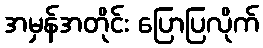
အမှန်အတိုင်း ပြောပြလိုက်